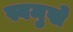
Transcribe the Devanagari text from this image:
स्वमुखे